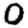
Digit: 0